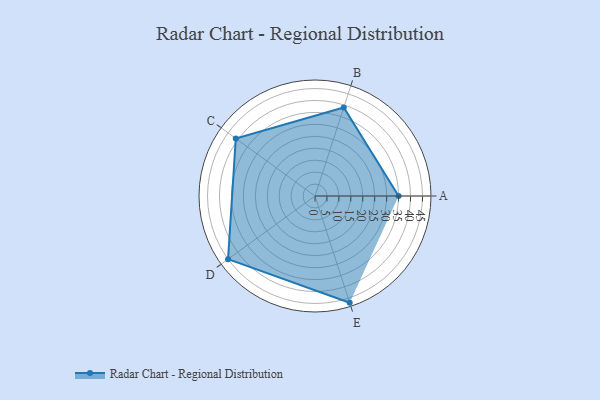
{"axis": {"x": "Skill", "y": "Score"}, "legend": ["Profile"], "data": [{"x": "A", "y": 35.0, "type": "Profile"}, {"x": "B", "y": 39.0, "type": "Profile"}, {"x": "C", "y": 41.0, "type": "Profile"}, {"x": "D", "y": 45.0, "type": "Profile"}, {"x": "E", "y": 47.0, "type": "Profile"}]}